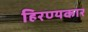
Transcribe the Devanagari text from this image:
हिरण्यकार